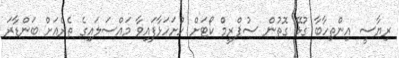
ރިޔާސީ އިންތިހާބާ ގުޅޭ ގޮތުން ސުޕްރީމް ކޯޓަށް ހުށަހަޅާފައިވާ މައްސަލައިގެ ތެރެއަށް ބަންޑާރަ